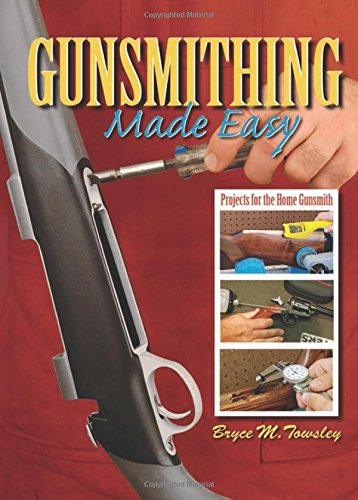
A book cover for Gunsmithing Made Easy: Projects for the Home Gunsmith; Bryce M. Towsley; Sports & Outdoors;